Leaving Certificate Examination, 1903
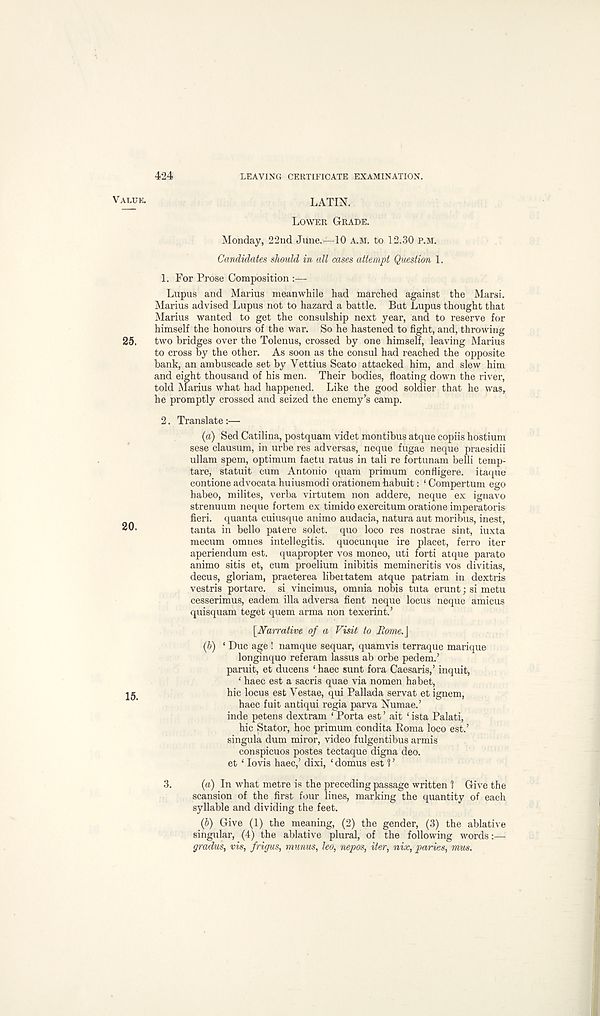
424
LEAVING CERTIFICATE EXAMINATION.
VALUE.
LATIN.
LOWER GRADE.
Monday, 22nd June.—10 A.M. to 12.30 P.M.
Candidates should in all cases attempt Question 1.
1. For Prose Composition :—
Lupus and Marius meanwhile had marched against the Marsi.
Marius advised Lupus not to hazard a battle. But Lupus thought that
Marius wanted to get the consulship next year, and to reserve for
himself the honours of the war. So he hastened to fight, and, throwing
25. two bridges over the Tolenus, crossed by one himself, leaving Marius
to cross by the other. As soon as the consul had reached the opposite
bank, an ambuscade set by Yettius Scato attacked him, and slew him
and eight thousand of his men. Their bodies, floating down the river,
told Marius what had happened. Like the good soldier that he was,
he promptly crossed and seized the enemy’s camp.
2. Translate:—
(a) Sed Catilina, postquam videt montibus atque copiis hostium
sese clausum, in urbe res adversas, neque fugae neque praesidii
ullam spem, optimum factu ratus in tali re fortunam belli temp-
tare, statuit cum Antonio quam primum confligere. itaque
contione advocata huiusmodi orationem habuit: ‘ Compertum ego
habeo, milites, verba virtutem non addere, neque ex ignavo
strenuum neque fortem ex timido exercitum oratione imperatoris
fieri, quanta cuiusque animo audacia, natura aut moribus, inest,
20-
tanta in bello patere solet. quo loco res nostrae sint, iuxta
mecum omnes intellegitis. quocunque ire placet, ferro iter
aperiendum est. quapropter vos moneo, uti forti atque parato
animo sitis et, cum proelium inibitis memineritis vos divitias,
decus, gloriam, praeterea libeitatem atque patriam in dextris
vestris portare. si vincimus, omnia nobis tuta erunt; si metu
cesserimus, eadem ilia adversa fient neque locus neque amicus
quisquam teget quern arma non texerint.’
\Narrative of a Visit to Rome.\
(b) ‘ Due age ! namque sequar, quamvis terraque marique
longinquo referam lassus ab orbe pedem.’
paruit, et ducens ‘ haec sunt fora Caesaris,’ inquit,
‘ haec est a sacris quae via nomen habet,
jg
hie locus est Yestae, qui Pallada servat et ignem,
haec fuit antiqui regia parva Numae.’
inde petens dextram ‘ Porta est ’ ait ‘ ista Palati,
hie Stator, hoc primum condita Roma loco est.’
singula dum miror, video fulgentibus armis
conspicuos postes tectaque digna deo.
et ‘ lovis haec,’ dixi, ‘ domus est 1 ’
3.
(a) In what metre is the preceding passage written 1 Give the
scansion of the first four lines, marking the quantity of each
syllable and dividing the feet.
(b) Give (1) the meaning, (2) the gender, (3) the ablative
singular, (4) the ablative plural, of the following words:—
gradus, vis, frigus, munus, leo, nepos, iter, nix, paries, mus.